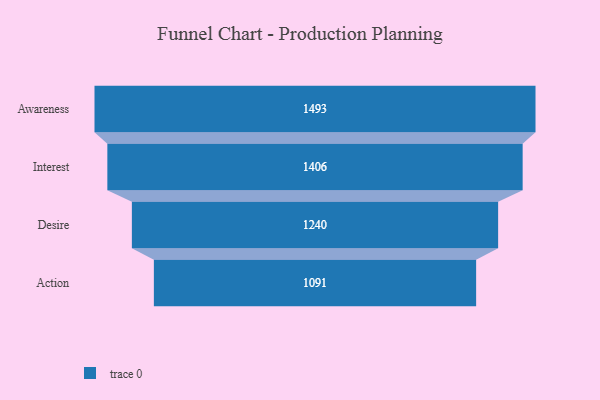
{"axis": {"x": "Stage", "y": "Value"}, "legend": [""], "data": [{"x": "Awareness", "y": 1493.0, "type": ""}, {"x": "Interest", "y": 1406.0, "type": ""}, {"x": "Desire", "y": 1240.0, "type": ""}, {"x": "Action", "y": 1091.0, "type": ""}]}